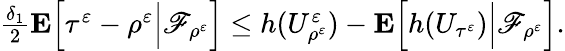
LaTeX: \begin{array}{r}{\frac{\delta_{1}}{2}\mathbf{E}\Big[\tau^{\varepsilon}-\rho^{\varepsilon}\Big|\mathscr{F}_{\rho^{\varepsilon}}\Big]\leq h(U_{\rho^{\varepsilon}}^{\varepsilon})-\mathbf{E}\Big[h(U_{\tau^{\varepsilon}})\Big|\mathscr{F}_{\rho^{\varepsilon}}\Big].}\end{array}